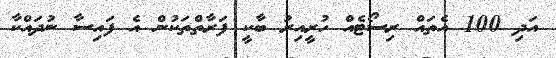
އަދި 100 އެތައް ރިސޯޓެއް ހުރީއިރު ބާކީ ފަރާތްތަކުން އެ ފައިސާ ނުދައްކާ